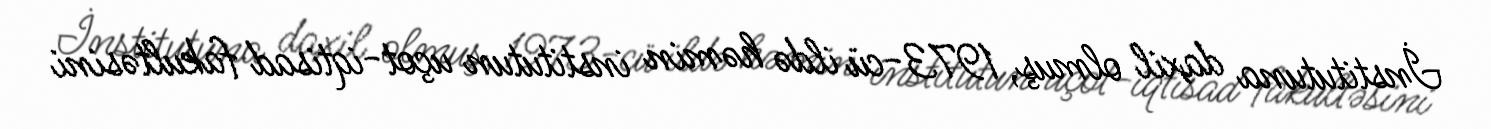
İnstitutuna daxil olmuş, 1973-cü ildə həmin institutun uçot-iqtisad fakultəsini